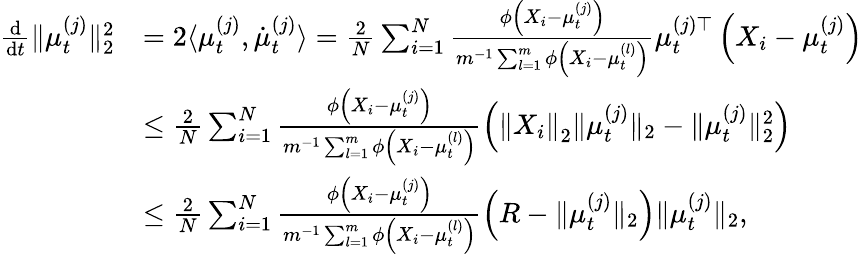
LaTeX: \begin{array}{rl}{\frac{\mathrm{d}}{\mathrm{d}t}\Vert\mu_{t}^{(j)}\Vert_{2}^{2}}&{=2\langle\mu_{t}^{(j)},\dot{\mu}_{t}^{(j)}\rangle=\frac{2}{N}\sum_{i=1}^{N}\frac{\phi\left(X_{i}-\mu_{t}^{(j)}\right)}{m^{-1}\sum_{l=1}^{m}\phi\left(X_{i}-\mu_{t}^{(l)}\right)}\mu_{t}^{(j)\top}\left(X_{i}-\mu_{t}^{(j)}\right)}\\ &{\leq\frac{2}{N}\sum_{i=1}^{N}\frac{\phi\left(X_{i}-\mu_{t}^{(j)}\right)}{m^{-1}\sum_{l=1}^{m}\phi\left(X_{i}-\mu_{t}^{(l)}\right)}\left(\left\Vert X_{i}\right\Vert_{2}\Vert\mu_{t}^{(j)}\Vert_{2}-\Vert\mu_{t}^{(j)}\Vert_{2}^{2}\right)}\\ &{\leq\frac{2}{N}\sum_{i=1}^{N}\frac{\phi\left(X_{i}-\mu_{t}^{(j)}\right)}{m^{-1}\sum_{l=1}^{m}\phi\left(X_{i}-\mu_{t}^{(l)}\right)}\left(R-\Vert\mu_{t}^{(j)}\Vert_{2}\right)\Vert\mu_{t}^{(j)}\Vert_{2},}\end{array}